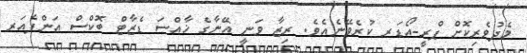
މެދުވެރިކޮށް ޕްރީ-އޯޑަރ ކުރެވޭނެއެވެ. ރިޒާ ވަނީ އޭނާގެ ޚާއްސަ ޑެޒާޓް ބޮކްސް އަންފެއަރ